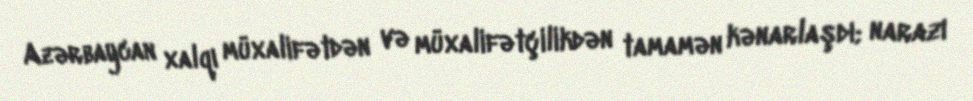
Azərbaycan xalqı müxalifətdən və müxalifətçilikdən tamamən kənarlaşdı; narazı